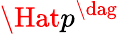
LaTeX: \Hat{p}^{\dag}